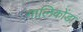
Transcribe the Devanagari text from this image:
गालिकोंडा